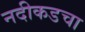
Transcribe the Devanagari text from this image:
नदीकडचा